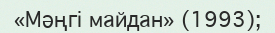
«Мәңгі майдан» (1993);